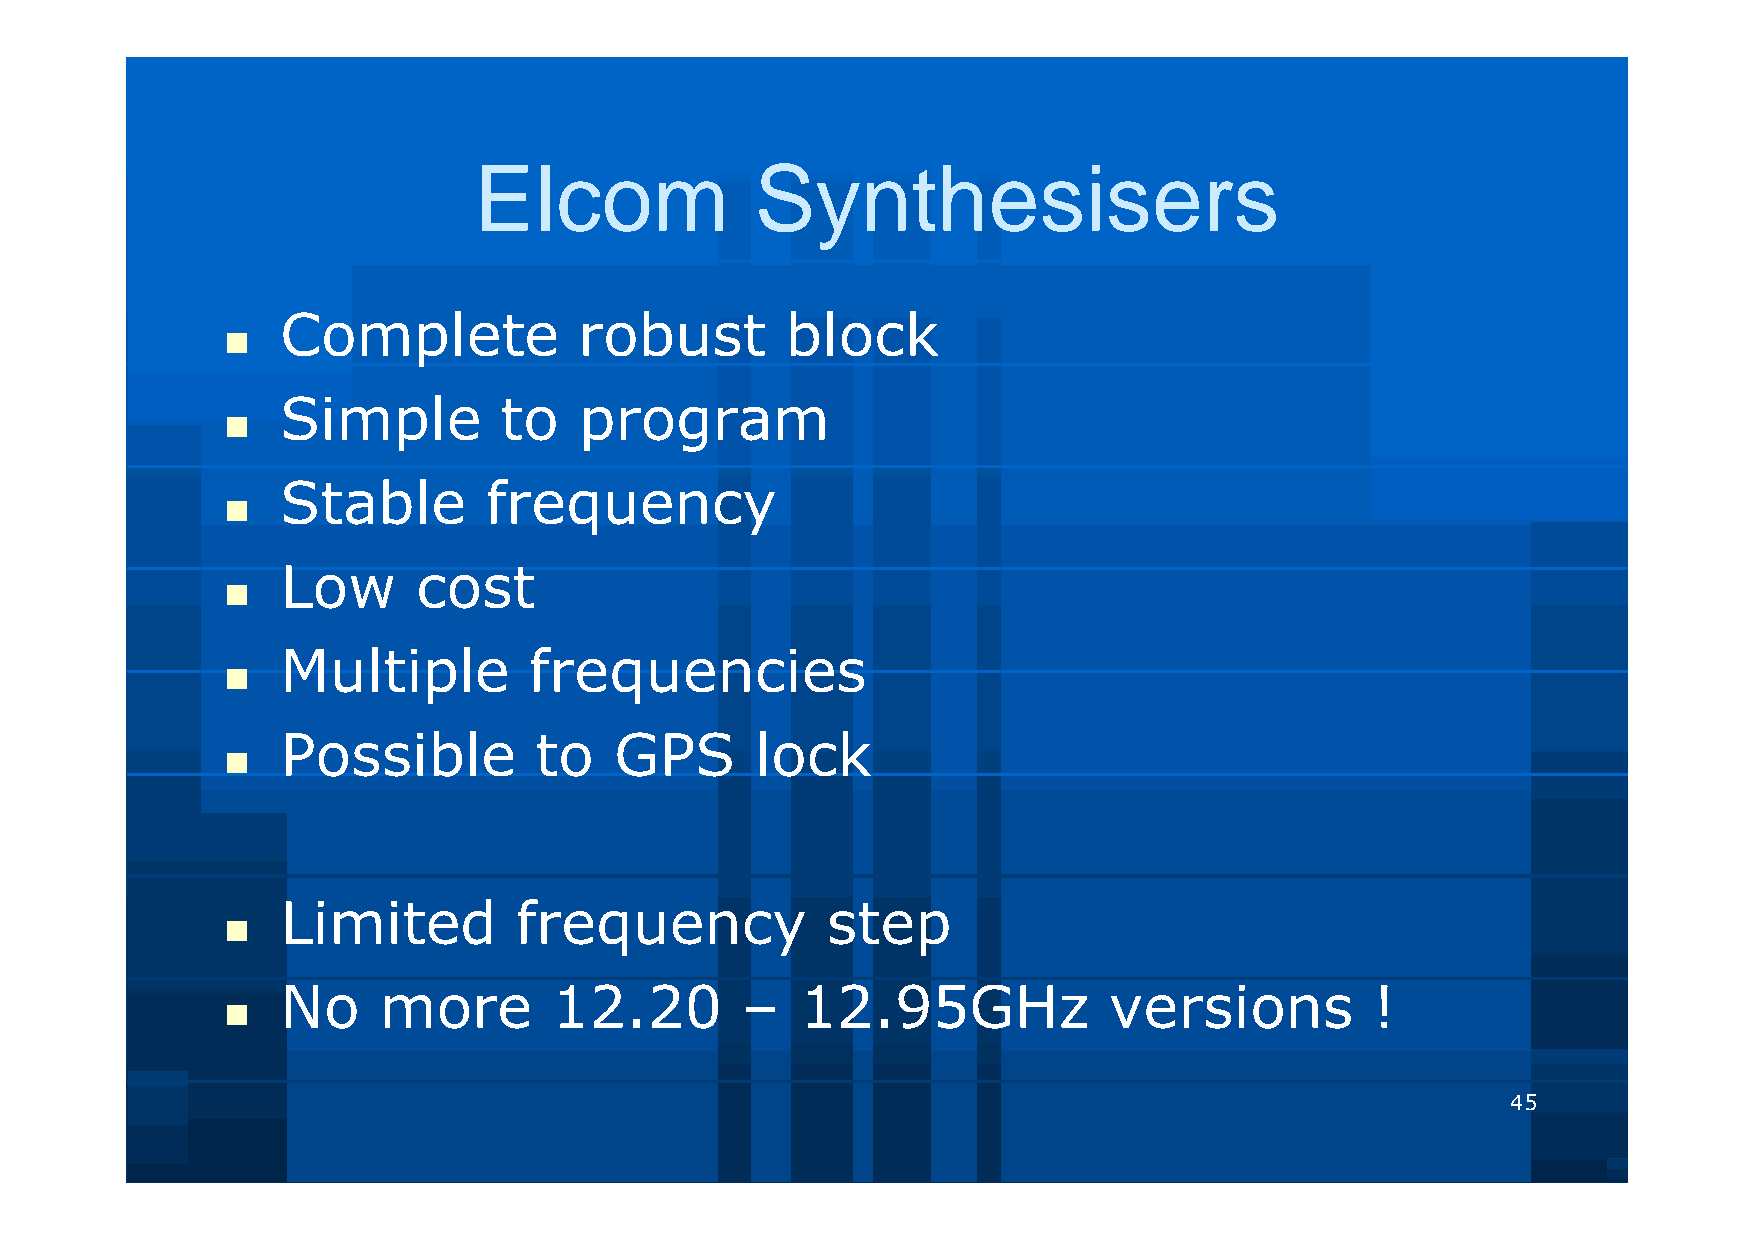
Elcom              Synthesisers
 Complete           robust        block
 
 Simple        to   program
 
 Stable       frequency
 
 Low      cost
 
 Multiple        frequencies
 
 Possible        to    GPS      lock
 
 Limited        frequency            step
 
 No    more        12.20       –   12.95GHz            versions          !
 
 45